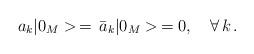
LaTeX: \begin{align*} a_k|0_M>\,=\,\bar{a}_k|0_M>\,=0, \quad \forall \,k\,{.}\end{align*}